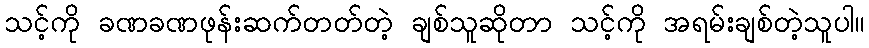
သင့်ကို ခဏခဏဖုန်းဆက်တတ်တဲ့ ချစ်သူဆိုတာ သင့်ကို အရမ်းချစ်တဲ့သူပါ။